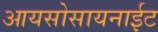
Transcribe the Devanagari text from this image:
आयसोसायनाईट